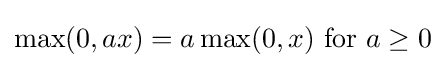
\max(0,ax)=a\max(0,x){\text{ for }}a\geq 0